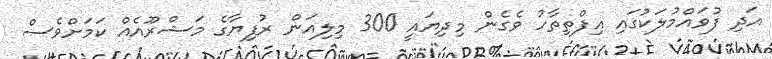
އަދި ފުވައްމުލަކުގައި އިފްތިތާހު ވެގެން މިދިޔައީ 300 މިލިއަން ރުފިޔާގެ މަޝްރޫއެއް ކަމަށްވެސް